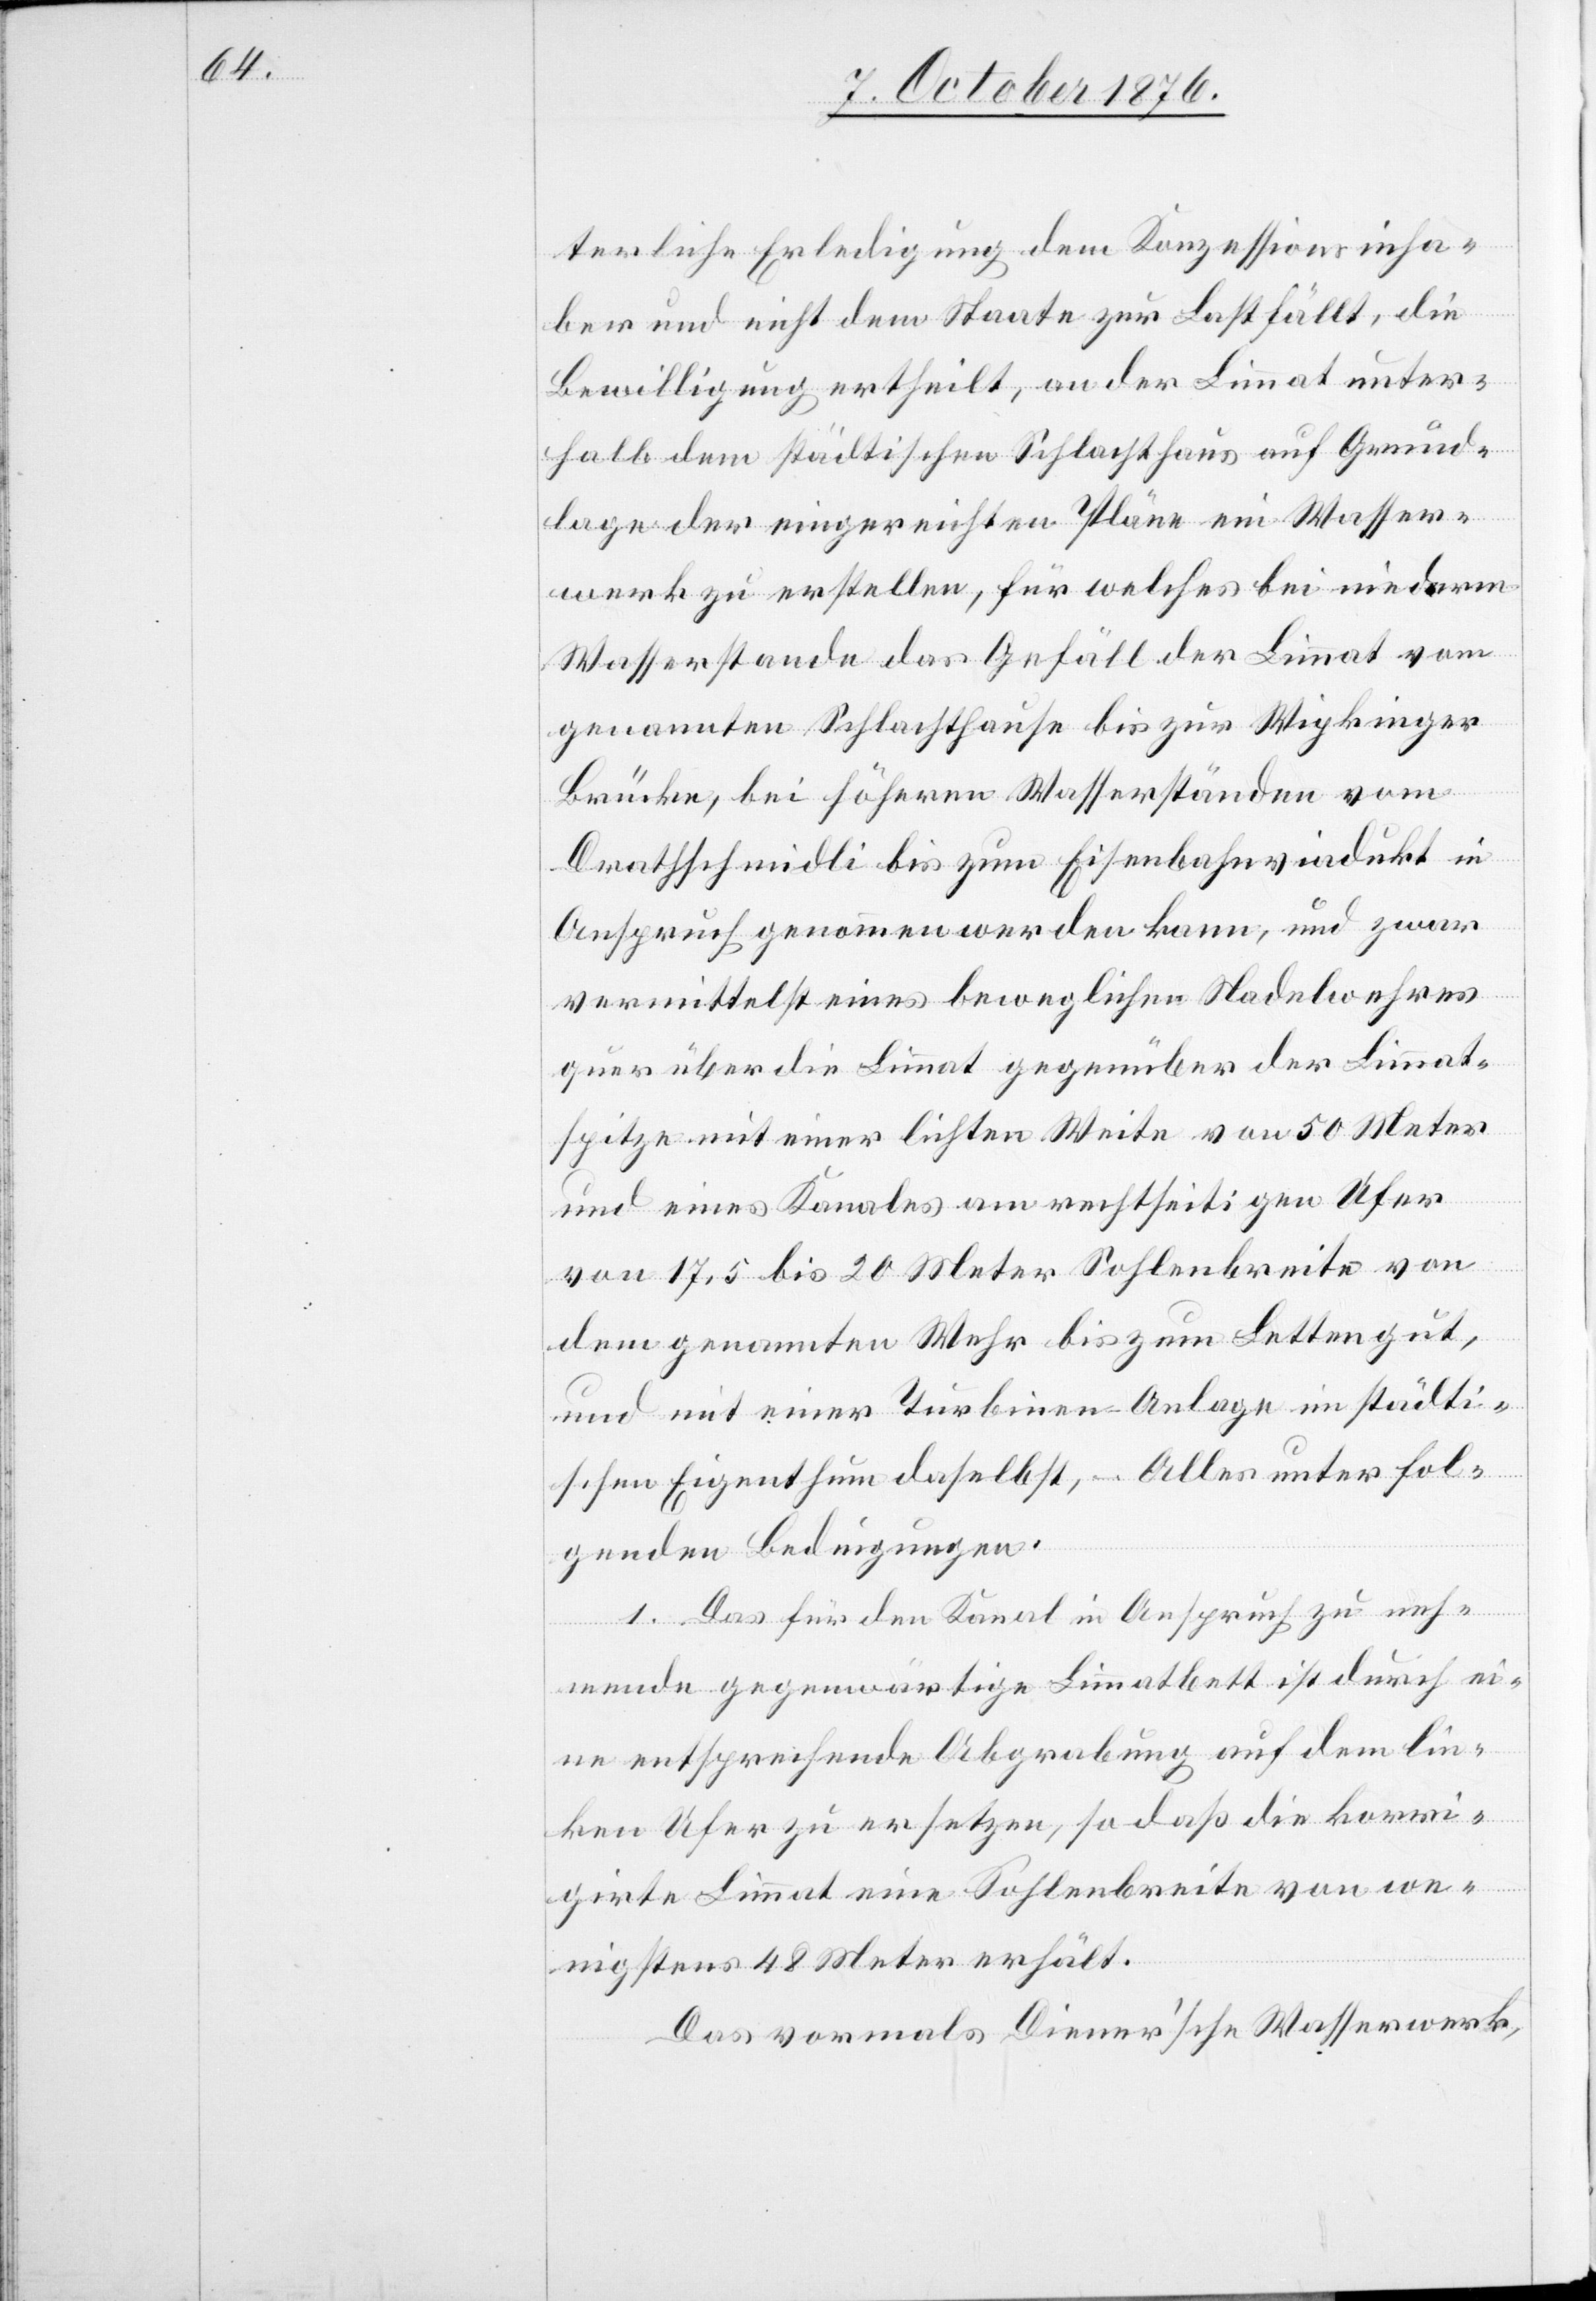
terliche Erledigung dem Konzessionsinha¬
ber und nicht dem Staate zur Last fällt, die
Bewilligung ertheilt, an der Limmat unter¬
halb dem städtischen Schlachthau auf Grund¬
lage der eingereichten Pläne ein Wasser¬
werk zu erstellen, für welches bei niederm
Wasserstande das Gefäll der Limmat vom
genannten Schlachthause bis zur Wipkinger
Brücke, bei höheren Wasserständen vom
Drathschmidli bis zum Eisenbahnviadukt in
Anspruch genommen werden kann, und zwar
vermittelst eines beweglichen Nadelwehres
quer über die Limmat gegenüber der Limmat¬
spitze mit einer lichten Weite von 50 Meter
und eines Kanales am rechtseitigen Ufer
von 17,5 bis 20 Meter Sohlenbreite von
dem genannten Wehr bis zum Lettengut,
und mit einer Turbinen-Anlage im städti¬
schen Eigenthum daselbst, – Alles unter fol¬
genden Bedingungen:
1. Das für den Kanal in Anspruch zu neh¬
mende gegenwärtige Limmatbett ist durch ei¬
ne entsprechende Abgrabung auf dem lin¬
ken Ufer zu ersetzen, so daß die korri¬
girte Limmat eine Sohlenbreite von we¬
nigstens 48 Meter erhält.
Das vormals Diener’sche Wasserwerk,